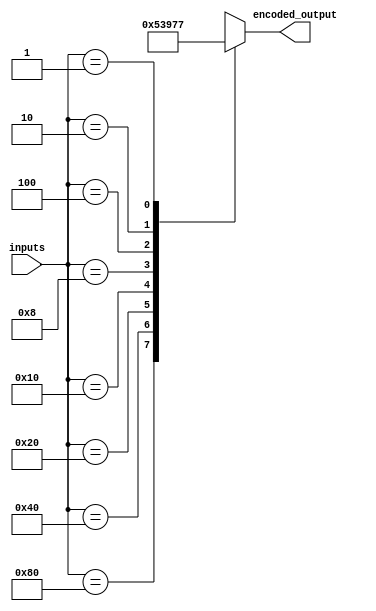
module priority_encoder (
    input [7:0] inputs,
    output reg [2:0] encoded_output
);

always @(*) begin
    case(inputs)
        8'b10000000: encoded_output = 3'b000;
        8'b01000000: encoded_output = 3'b001;
        8'b00100000: encoded_output = 3'b010;
        8'b00010000: encoded_output = 3'b011;
        8'b00001000: encoded_output = 3'b100;
        8'b00000100: encoded_output = 3'b101;
        8'b00000010: encoded_output = 3'b110;
        8'b00000001: encoded_output = 3'b111;
        default: encoded_output = 3'bxxx; // Don't care case
    endcase
end

endmodule